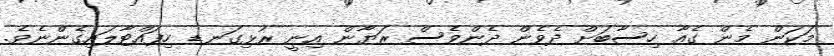
މަކަން މެން ގެއާ ހިސާބަށް ދެވެން ދެންވެސް ރަޔާން އިނީ ރުޅިގަނޑ ހިފައްޓާލައިގެންނެވެ.